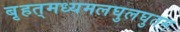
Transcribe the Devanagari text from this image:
बृहत्‌मध्यमलघुलघुतम